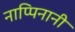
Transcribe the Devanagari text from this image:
नाप्पिनानी